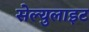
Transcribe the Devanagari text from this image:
सेल्युलाइट